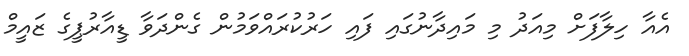
އެއާ ހިލާފަށް މިއަދު މި މައިދާނުގައި ފައި ހަރުކުރައްވަމުން ގެންދަވާ ޑީއާރުޕީގެ ޒައީމް